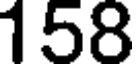
158